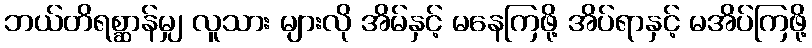
ဘယ်တိရစ္ဆာန်မျှ လူသား များလို အိမ်နှင့် မနေကြဖို့ အိပ်ရာနှင့် မအိပ်ကြဖို့